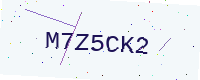
Text: M7Z5CK2